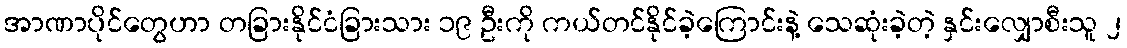
အာဏာပိုင်တွေဟာ တခြားနိုင်ငံခြားသား ၁၉ ဦးကို ကယ်တင်နိုင်ခဲ့ကြောင်းနဲ့ သေဆုံးခဲ့တဲ့ နှင်းလျှောစီးသူ ၂